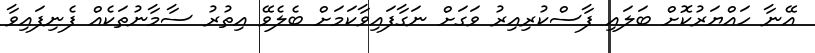
އޭނާ ހައްޔަރުކޮށް ބަލައި ފާސްކުރިއިރު ވަގަށް ނަގާފައިވާކަމަށް ބެލެވޭ އިތުރު ސާމާނުތަކެއް ފެނިފައިވާ